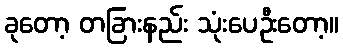
ခုတော့ တခြားနည်း သုံးပေဦးတော့။